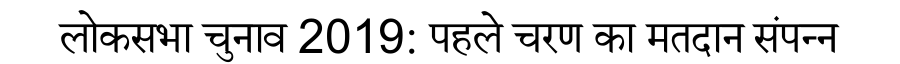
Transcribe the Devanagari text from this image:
लोकसभा चुनाव 2019: पहले चरण का मतदान संपन्न